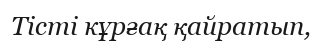
Тісті кұрғақ қайратып,